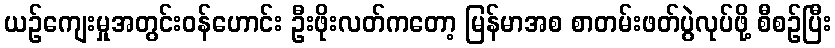
ယဉ်ကျေးမှုအတွင်းဝန်ဟောင်း ဦးဖိုးလတ်ကတော့ မြန်မာအစ စာတမ်းဖတ်ပွဲလုပ်ဖို့ စီစဉ်ပြီး